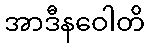
အာဒီနဝေါတိ